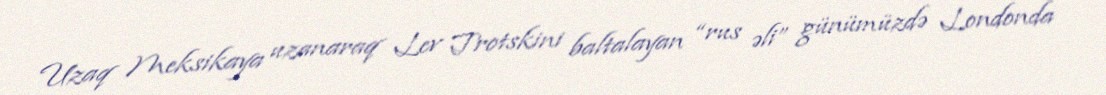
Uzaq Meksikaya uzanaraq Lev Trotskini baltalayan “rus əli” günümüzdə Londonda